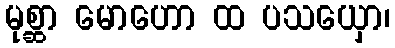
မုစ္ဆာ မောဟော ထ ပသယှော၊